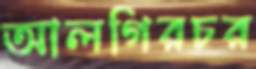
আলগিরচর